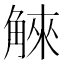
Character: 䚞